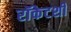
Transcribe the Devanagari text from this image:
रॉकेटशी